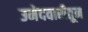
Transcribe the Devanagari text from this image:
उमेदवारीतून